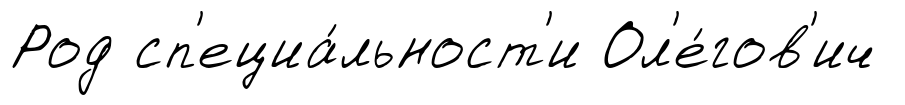
Род сп'ециа́льност'и Ол'е́гов'ич